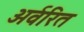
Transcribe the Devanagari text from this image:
अर्वरित